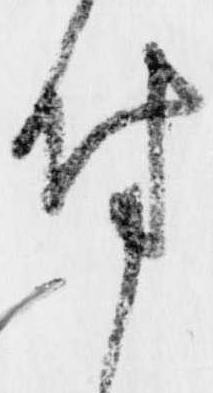
付